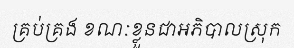
គ្រប់គ្រង ខណៈខ្លួនជាអភិបាលស្រុក